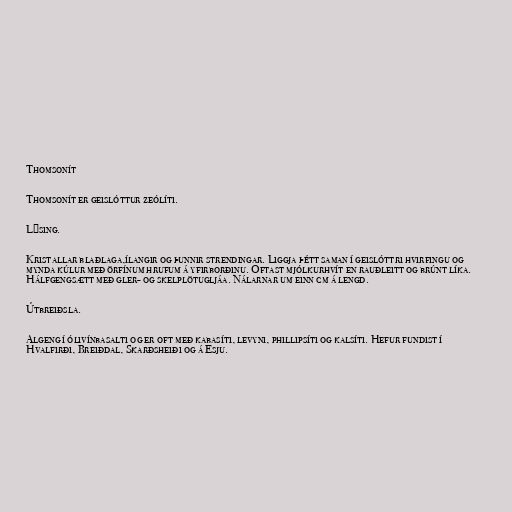
Thomsonít

Thomsonít er geislóttur zeólíti.

Lýsing.

Kristallar blaðlaga,ílangir og þunnir strendingar. Liggja þétt saman í geislóttri hvirfingu og
mynda kúlur með örfínum hrufum á yfirborðinu. Oftast mjólkurhvít en rauðleitt og brúnt líka.
Hálfgengsætt með gler- og skelplötugljáa. Nálarnar um einn cm á lengd.

Útbreiðsla.

Algeng í ólivínbasalti og er oft með kabasíti, levyni, phillipsíti og kalsíti. Hefur fundist í
Hvalfirði, Breiðdal, Skarðsheiði og á Esju.